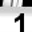
Digit: 1